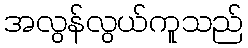
အလွန်လွယ်ကူသည်